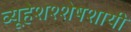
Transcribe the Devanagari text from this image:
व्यूहेशश्शेषशायी